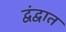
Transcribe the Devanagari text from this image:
द्वंद्वात